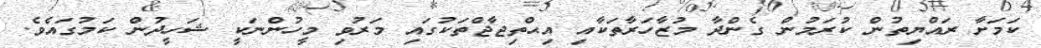
ކަމަށާ ރައްޔިތުން ކުރަމުން ގެންދާ މުޒާހަރާތަކާއި އިޙްތިޖާޖްތަކުގައި މަރުވި މީހުންނަކީ ޝަހީދުން ކަމުގައެވެ.